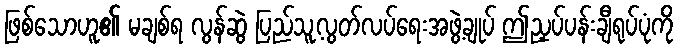
ဖြစ်သောဟူ၏ မချစ်ရ လွန်ဆွဲ ပြည်သူ့လွတ်လပ်ရေးအဖွဲ့ချုပ် ဤညှပ်ပန်းချီရုပ်ပုံကို